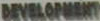
DEVELOPMENT